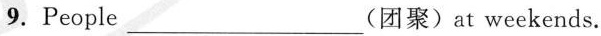
9. People___(团聚)at weekends.